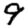
Digit: 9